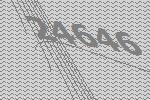
24646